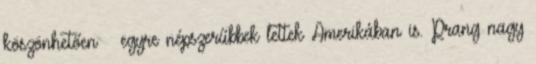
köszönhetően – egyre népszerűbbek lettek Amerikában is. Prang nagy